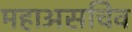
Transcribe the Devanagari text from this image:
महाअसचिव